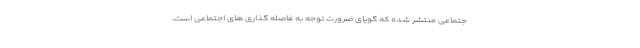
جتماعی منتشر شده که گویای ضرورت توجه به فاصله گذاری های اجتماعی است،